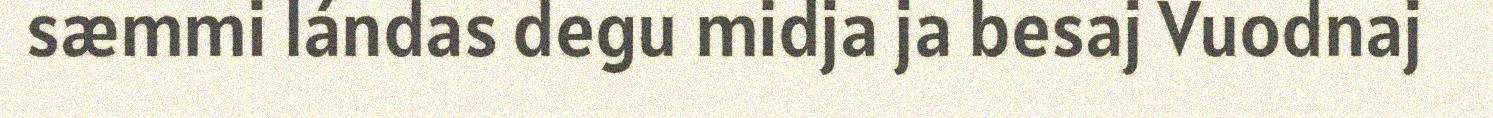
sæmmi lándas degu midja ja besaj Vuodnaj